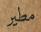
مطير